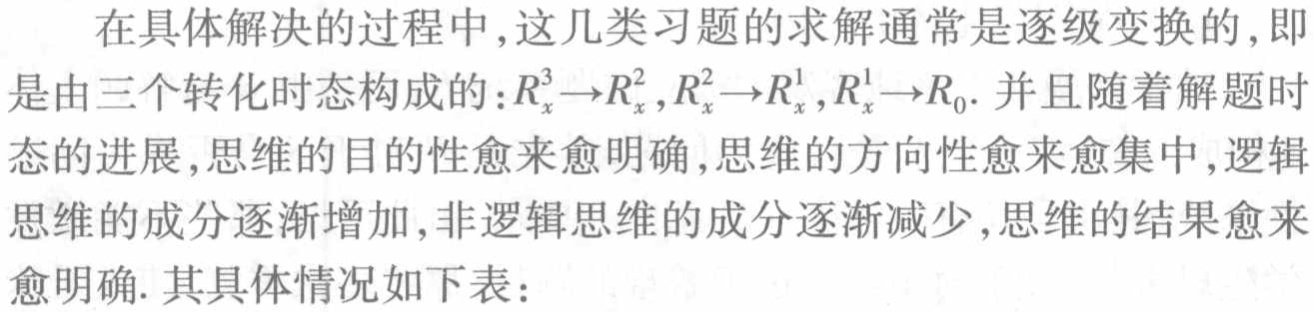
在具体解决的过程中,这几类习题的求解通常是逐级变换的,即是由三个转化时态构成的：$R_{x}^{3}\to R_{x}^{2},R_{x}^{2}\to R_{x}^{1},R_{x}^{1}\to R_{0}$. 并且随着解题时态的进展,思维的目的性愈来愈明确,思维的方向性愈来愈集中,逻辑思维的成分逐渐增加,非逻辑思维的成分逐渐减少,思维的结果愈来愈明确. 其具体情况如下表：